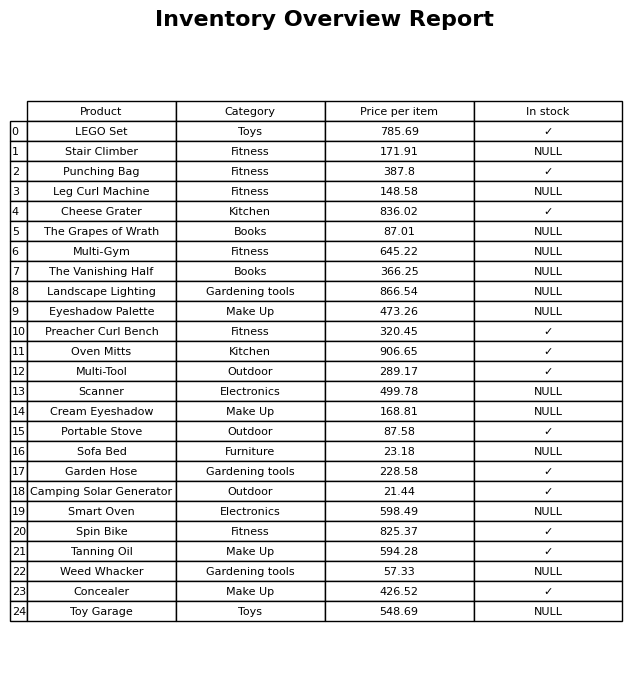
question: Which products are available in stock?
answer: LEGO Set, Punching Bag, Cheese Grater, Preacher Curl Bench, Oven Mitts, Multi-Tool, Portable Stove, Garden Hose, Camping Solar Generator, Spin Bike, Tanning Oil, Concealer